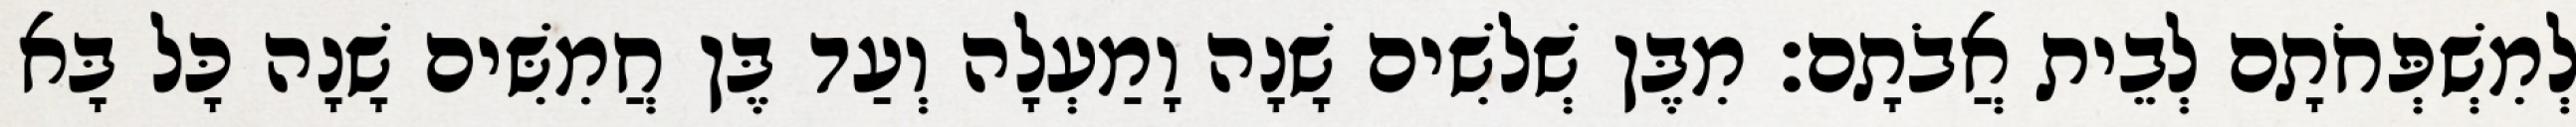
לְמִשְׁפְּחֹתָם לְבֵית אֲבֹתָם׃ מִבֶּן שְׁלשִׁים שָׁנָה וָמַעְלָה וְעַד בֶּן חֲמִשִּׁים שָׁנָה כָּל בָּא